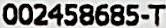
002458685-T